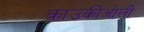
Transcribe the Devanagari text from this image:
काउकीओली